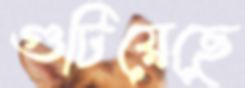
গুটিয়েছে